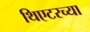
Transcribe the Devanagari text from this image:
थिएटरच्या